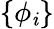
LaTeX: \{ \phi_{\mathit{i}}\}